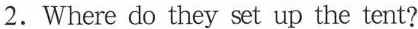
2.Where do they set up the tent?